Lunatic asylums Bombay report 1878-1890 - 1878-1890
Year: 1878
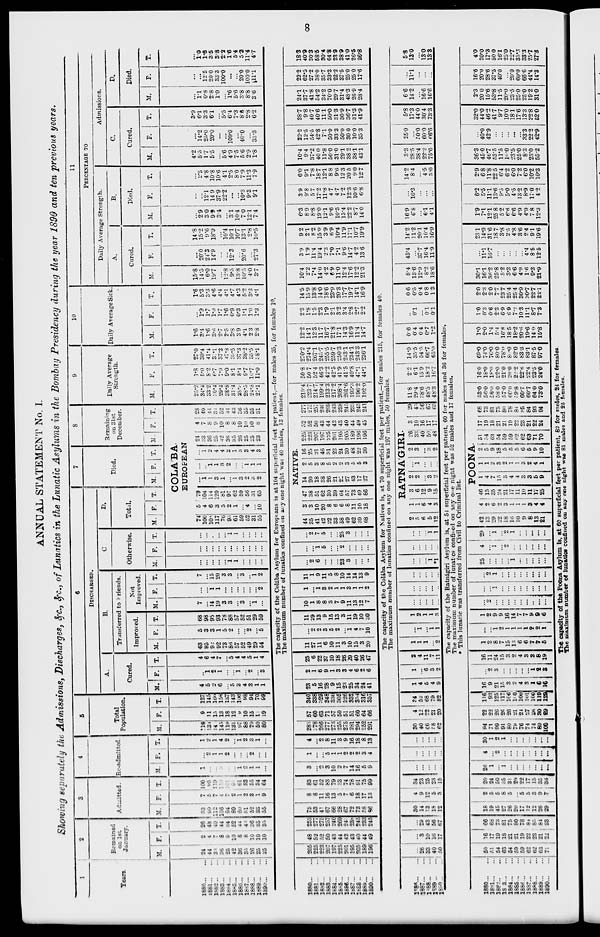
8
ANNUAL STATEMENT No. I.
Showing separately the Admissions, Discharges, &c., &c., of Lunatics in the Lunatic Asylums in the Bombay Presidency during the year 1890 and ten previous years.
1
Years.
1880 ... ...
1881 ... ...
1882 ... ...
1883 ... ...
1884 ... ...
1885 ... ...
1886 ... ...
1887 ... ...
1888 ... ...
1889 ... ...
1890 ... ...
2
Remained
on 1st
January.
M.
24
44
33
36
25
42
36
35
26
25
25
F.
2
4
7
8
9
10
8
8
10
10
10
T.
26
48
40
44
34
52
44
43
36
35
35
3
Admitted.
M.
93
90
112
106
94
89
60
51
52
33
55
F.
7
5
7
4
7
2
1
2
3
1
9
T.
100
95
119
110
101
91
61
53
55
34
64
4
Re-admited.
M.
1
...
...
3
...
...
1
2
1
1
...
F.
...
2
1
1
2
...
...
...
2
...
...
T.
1
2
1
4
2
...
1
2
3
1
...
5
Total
Population.
M.
118
131
145
145
119
131
97
88
79
59
80
F.
9
11
15
13
18
12
9
10
15
11
19
T.
127
145
160
153
137
143
106
98
94
70
99
6
DISCHARGED.
A.
Cured.
M.
4
5
2
6
...
5
3
4
3
1
1
F.
...
1
2
1
...
...
1
...
2
...
3
T.
4
6
4
7
...
5
4
4
5
1
4
B.
Transferred to Friends.
Improved.
M.
63
95
92
92
73
86
57
52
49
29
54
F.
5
3
3
1
5
2
...
...
2
...
5
T.
68
98
95
93
78
88
57
52
51
29
59
Not
Improved.
M.
7
...
14
19
3
3
...
3
...
1
...
F.
...
...
1
1
...
...
...
...
...
...
2
T.
7
...
15
20
3
3
...
3
...
1
2
C
Otherwise.
M.
...
...
...
...
...
1
1
...
...
...
...
F.
...
...
...
...
...
...
...
...
...
...
...
T.
...
...
...
...
...
1
1
...
...
...
...
D.
Total.
M. F.
T.
7
Died.
M.
F.
T.
8
Remaining
on 31st
December.
M.
F.
T.
COLA'BA
EUROPEAN
74
100
108
117
76
95
61
59
52
31
55
5
4
6
3
5
2
1
...
4
...
10
79
104
114
120
81
97
62
59
56
31
65
...
1
1
3
1
...
1
3
2
3
2
...
...
1
1
3
2
...
...
1
1
1
...
1
2
4
4
2
1
3
3
4
3
24
33
36
25
42
36
35
26
25
25
23
4
7
8
9
10
8
8
10
10
10
8
28
40
44
34
52
44
43
36
35
35
31
9
Daily Average
Strength.
M.
25.2
34.4
33.2
36.4
29.4
39.8
31.4
28.9
28.5
24.8
27.1
F.
1.8
5.0
8.2
6.7
7.9
9.0
8.1
8.4
9.7
16.7
11.0
T.
27.0
39.4
41.4
37.1
37.3
47.8
39.5
37.3
38.2
35.5
38.1
10
Daily Average Sick.
M.
1.6
3.4
1.6
3.6
2.7
2.5
3.8
3.9
4.1
2.3
2.8
F.
...
1.9
1.7
1.0
1.7
1.6
0.9
0.3
1.1
1.0
1.3
T.
1.6
5.3
3.3
4.6
4.4
4.1
4.7
4.3
5.2
3.3
4.1
11
PERCENTAGE TO
Daily Average Strength.
A.
Cured.
M.
15.8
14.5
6.0
19.7
...
12.8
9.5
13.8
10.5
4.0
3.7
F.
...
20.0
24.3
14.9
...
...
12.3
...
20.6
...
27.3
T.
14.8
15.2
9.6
18.9
...
10.4
10.1
10.7
13.1
2.8
10.5
B.
Died.
M.
...
2.9
3.0
9.9
3.4
...
3.1
10.44
7.0
12.1
7.4
F.
...
...
12.1
14.9
37.9
22.2
...
...
10.3
9.3
9.1
T.
...
2.5
4.8
10.8
10.6
4.1
2.5
8.0
7.9
11.3
7.9
Admissions.
C.
Cured.
M.
4.2
5.5
1.7
5.5
...
5.6
4.9
7 5
5.6
2.9
1.8
F.
...
14.2
25.0
20.0
...
...
100.0
...
40.0
...
33.3
T.
3.9
6.1
3.3
6.1
...
5.5
6.4
7.3
8.6
2.8
6.2
D.
Died.
M.
...
1.1
0.8
2.8
1.0
...
1.6
5.6
3.8
8.8
36
F.
...
...
12.5
20.0
33.3
100.0
...
...
20.0
100.0
11.1
T.
...
1.0
1.6
3.5
3.8
2.2
1.6
5.4
5.2
11.4
4.7
The capacity of the Colába Asylum for Europeans is at 104 superficial feet per patient,—for males 35, for females 10.
The maximum number of lunatics confined on any one night was 40 males, 13 females.
1880 ... ...
1881 ... ...
1882 ... ...
1883 ... ...
1884 ... ...
1885 ... ...
1886 ... ...
1687 ... ...
1888 ... ...
1889 ... ...
1890 ... ...
205
225
223
207
197
225
201
195
205
189
196
48
52
52
50
43
44
42
43
40
44
49
253
277
275
257
240
269
243
238
245
233
245
75
53
41
67
66
28
67
72
73
58
86
8
8
11
16
13
5
7
6
18
17
13
83
61
52
83
79
33
74
76
91
75
99
3
...
2
3
10
2
7
14
16
5
9
1
...
...
5
1
1
2
2
2
3
4
4
...
2
8
11
3
9
16
18
8
13
283
278
266
277
273
255
275
281
294
252
291
57
60
63
71
57
50
51
51
60
64
66
340
338
329
348
330
305
326
332
354
316
357
23
5
16
28
9
15
23
25
34
24
41
2
1
6
9
1
3
3
4
6
2
6
25
6
22
37
10
18
26
29
40
26
47
11
27
11
6
10
11
3
10
15
3
20
...
2
2
3
5
2
...
1
4
7
10
11
29
13
9
15
13
3
11
19
10
30
10
1
8
8
3
7
9
11
13
12
7
1
...
1
3
2
1
1
3
1
1
2
11
1
9
11
5
8
10
14
14
13
9
...
2
6
...
...
...
23
3
...
...
...
...
...
1
5
...
...
2
...
...
...
...
...
2
7
5
...
...
25
3
...
...
...
NATIVE
44
35
41
42
22
33
58
49
62
89
68
3
3
10
20
8
6
6
8
11
10
18
47
38
51
62
30
39
64
57
73
49
86
14
20
18
38
26
21
22
27
43
17
27
2
5
3
8
5
2
2
3
5
5
3
16
25
21
46
31
23
24
30
48
22
30
225
223
207
197
225
201
195
205
189
106
196
52
52
50
43
44
42
43
40
44
49
45
277
275
257
246
269
243
238
245
233
245
241
219.4
223.7
214.7
199.4
213.3
217.2
208.4
201.6
193.3
196.2
192.0
50.8
50.7
52.4
46.3
42.2
42.5
41.9
41.5
40.8
47.1
44.1
270.2
274.4
267.1
245.7
255.5
259.7
250.3
243.1
234.1
243.3
236.1
12.2
14.1
12.3
11.7
16.7
21.8
17.1
14.3
16.9
11.4
14.7
2.3
1.8
1.5
2.3
1.9
2.1
3.2
3.4
2.8
2.7
2.2
14.5
15.9
13.8
14.0
18.6
23.9
20.3
17.7
19.7
14.1
16.9
10.4
2.2
7.4
14.0
4.2
6.9
11.0
12.4
17.6
12.2
21.3
3.9
1.9
11.4
19.4
2.3
7.0
7.1
9.6
14.7
4.2
13.6
9.2
2.1
8.2
15.0
3.9
6.9
10.4
11.9
17.1
10.7
19.9
6.3
8.9
8.8
19.0
12.1
9.6
10.5
13.4
22.2
8.7
14.0
3.9
9.8
5.7
17.2
11.8
4.7
4.7
7.2
12.3
10.6
6.8
6.0
9.1
7.8
18.7
12.1
8.8
9.0
12.3
20.5
9.0
12.7
10.4
9.4
37.2
40.0
11.8
50.0
31.0
29.1
38.2
38.1
43.1
22.2
12.5
54.5
42.8
7.1
50.0
33.3
50.0
30.0
10.0
35.3
28.7
9.8
40.7
40.6
11.1
50.0
31.3
30.9
36.7
31.3
41.9
24.1
37.7
41.8
54.2
34.2
70.0
29.7
31.4
48.3
26.9
28.4
22.2
62.5
27.2
38.0
35.7
33.3
22.2
37.5
25.0
25.0
17.6
18.3
40.9
30.3
58.5
30.4
64.8
23.9
38.9
41.0
26.5
26.8
The capacity of the Colába Asylum for Natives is, at 70 superficial feet per patient,—for males 215, for females 40.
The maximum number of lunatics confined on any one night was 197 males, 50 females.
1886 ... ...
1887 ... ...
1888 ... ...
1889 ... ...
1890 ... ...
...
26
33
40
50
...
3
10
16
17
...
29
43
56
67
30
14
13
18
12
4
9
12
5
3
34
23
25
23
15
...
...
...
...
...
...
...
...
...
...
...
...
...
...
...
30
40
46
58
62
4
12
22
21
20
34
52
68
79
82
1
4
5
4
9
1
...
6
3
2
2
4
11
7
11
1
1
1
...
2
...
1
...
1
1
1
2
1
1
3
...
...
...
...
...
...
...
...
...
...
...
...
...
...
...
...
...
... 1
*1
...
...
...
...
...
...
...
...
1
1
RATNA'GIRI.
2
5
6
5
12
1
1
6
4
3
3
6
12
9
15
2
2
...
3
2
...
1
...
...
...
2
3
... 3
2
26
33
40
50
48
3
10
16
17
17
29
43
56
67
65
11.8
29.4
38.6
48.5
48.3
2.2
6.1
15.9
18.2
16.7
14.0
35.5
54.5
66.7
65.0
0.6
04
04
0.7
1.2
...
0.1
... 0.1
0.1
0.6
0.5
0.4
0.8
1.3
8.4
13.6
12.9
8.2
18.6
45.4
...
37.7
16.4
11.9
14.2
11.2
20.1
10.4
16.9
16.9
6.8
...
61
4.1
...
16.3
...
...
...
14.2
8.4
...
4.5
3.0
3.3
28.5
38.4
22.2
75.0
25.0
...
50.0
60.0
66.6
5.8
17.3
44.0
30.4
73.3
6.6
14.2
...
16.6
16.6
...
11.1
...
...
...
5.8
13.0
...
13.0
13.3
The capacity of the Ratnágiri Asylum is, at 54 superficial feet per patient, 60 for males and 36 for females.
The maximum number of lunatics confined on any one night was 52 males and 17 females.
* This lunatic was transferred from Civil to Criminal list.
1880 ... ...
1881 ... ...
1882 ... ...
1883 ... ...
1884 ... ...
1885 ... ...
1886 ... ...
1887 ... ...
1888 ... ...
1889 ... ...
1890 ... ...
50
51
54
63
54
59
59
62
62
63
71
16
17
19
18
21
21
19
22
23
21
22
66
65
73
81
75
80 78
84
85
84
93
18
19
45
27
26
20
17
12
12
26
29
2
5
5
8
5
...
5
5
3
9
7
20
24
50
35
31
20
22
17
15
35
36
26
1
...
1
...
...
...
...
...
...
...
4
...
2
...
...
...
...
...
...
...
...
30
1
2
1
...
...
...
...
...
...
...
94
71
99
91
80
79
76
74
74
89
100
22
22
26
26
26
21
24
27
26
30
29
116
93
125
117
166
100
100
101
100
119
129
16
9
21
15
3
2
4
3
1
6
16
...
2
3
...
...
...
...
...
1
2
3
16
11
24
15
3
2
4
3
2
8
19
1
2
8
7
15
13
6
6
7
7
5
...
...
1
2
1
1
1
1
2
2
1
1
2
9
9
16
14
7
7
9
9
6
...
2
...
...
...
...
...
...
...
...
...
...
...
1
...
...
...
...
...
...
...
...
...
2
1
...
...
...
...
...
...
...
...
25
...
...
...
...
1
...
...
...
...
...
4
...
1
1
2
...
...
...
...
...
...
29
...
1
1
2
1
...
...
...
...
...
POONA
42
13
29
22
18
16
10
9
8
13
21
4
2
6
2
3
1
1
1
3
4
4
46
15
35
24
21
17
11
10
11
17
25
1
4
7
15
3
4
4
3
3
5
9
1
1
2
3
2
1
1
3
2
4
1
2
5
9
18
5
5
5
6
5
9
10
51
54
63
54
59
59
62
62
63
71
70
17
19
18
21
21
19
22
23
21
22
24
68
73
81
75
86
78
84
85
84
93
94
53.0
56.0
58.0
58.0
57.0
60.0
69.8
60.7
60.7
64.0
73.0
16.0
18.0
18.0
22.0
21.0
20.0
22.2
22.6
22.4
23.5
24.0
69.0
74.0
76.0
80.0
78.0
80.0
82.0
83.3
83.1
87.5
97.0
1.0
2.0
1.4
5.4
16.8
18.5
18.2
20.6
19.6
14.0
15.8
1.0
0.3
0.6
2.3
6.9
6.9
7.2
10.3
11.1
8.7
7.3
2.0
2.3
2.0
7.7
23.7
25.4
25.4
30.9
30.7
22.7
23.1
30.1
16.1
36.2
25.8
5.2
3.3
6.6
4.9
1.6
9.3
21.9
...
11.1
16.7
...
...
...
...
...
4.4
8.5
12.5
23.1
14.9
31.6
18.7
3.8
2.5
4.8
3.6
24
9.1
19.6
1.9
7.1
12.1
25.8
5.2
6.6
6.6
4.9
4.9
7.8
12.3
6.2
5.5
11.1
13.6
9.5
5.0
4.5
13.2
8.9
17.0
4.2
2.9
6.8
11.8
22.5
6.4
6.2
6.0
7.2
6.0
10.2
10.3
36.3
45.0
46.7
53.5
11.5
16.0
23.5
25.0
8.3
23.0
55.2
...
40.0
42.9
...
...
...
...
...
33.3
22.2
42.9
32.0
44.0
46.2
41.7
9.7
10.0
18.1
17.6
13.3
22.8
52.0
2.3
20.0
15.6
53.8
11.5
20.0
23.5
25.0
25.0
19.2
31.0
16.6
20.0
28.6
37.5
40.0
...
20.0
60.0
66.6
44.4
14.3
4.0
20.0
17.3
50.0
16.1
25.0
22.7
35.3
33.3
25.7
27.3
The capacity of the Poona Asylum is, at 60 superficial feet per patient, 82 for males, 24 for females.
The maximum number of lunatics confined on any one night was 81 males and 25 females.